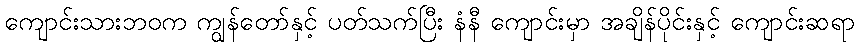
ကျောင်းသားဘဝက ကျွန်တော်နှင့် ပတ်သက်ပြီး နံနီ ကျောင်းမှာ အချိန်ပိုင်းနှင့် ကျောင်းဆရာ